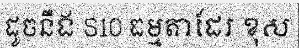
ដូចនឹង S10 ធម្មតាដែរ ខុស